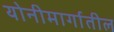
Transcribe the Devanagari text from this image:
योनीमार्गातील